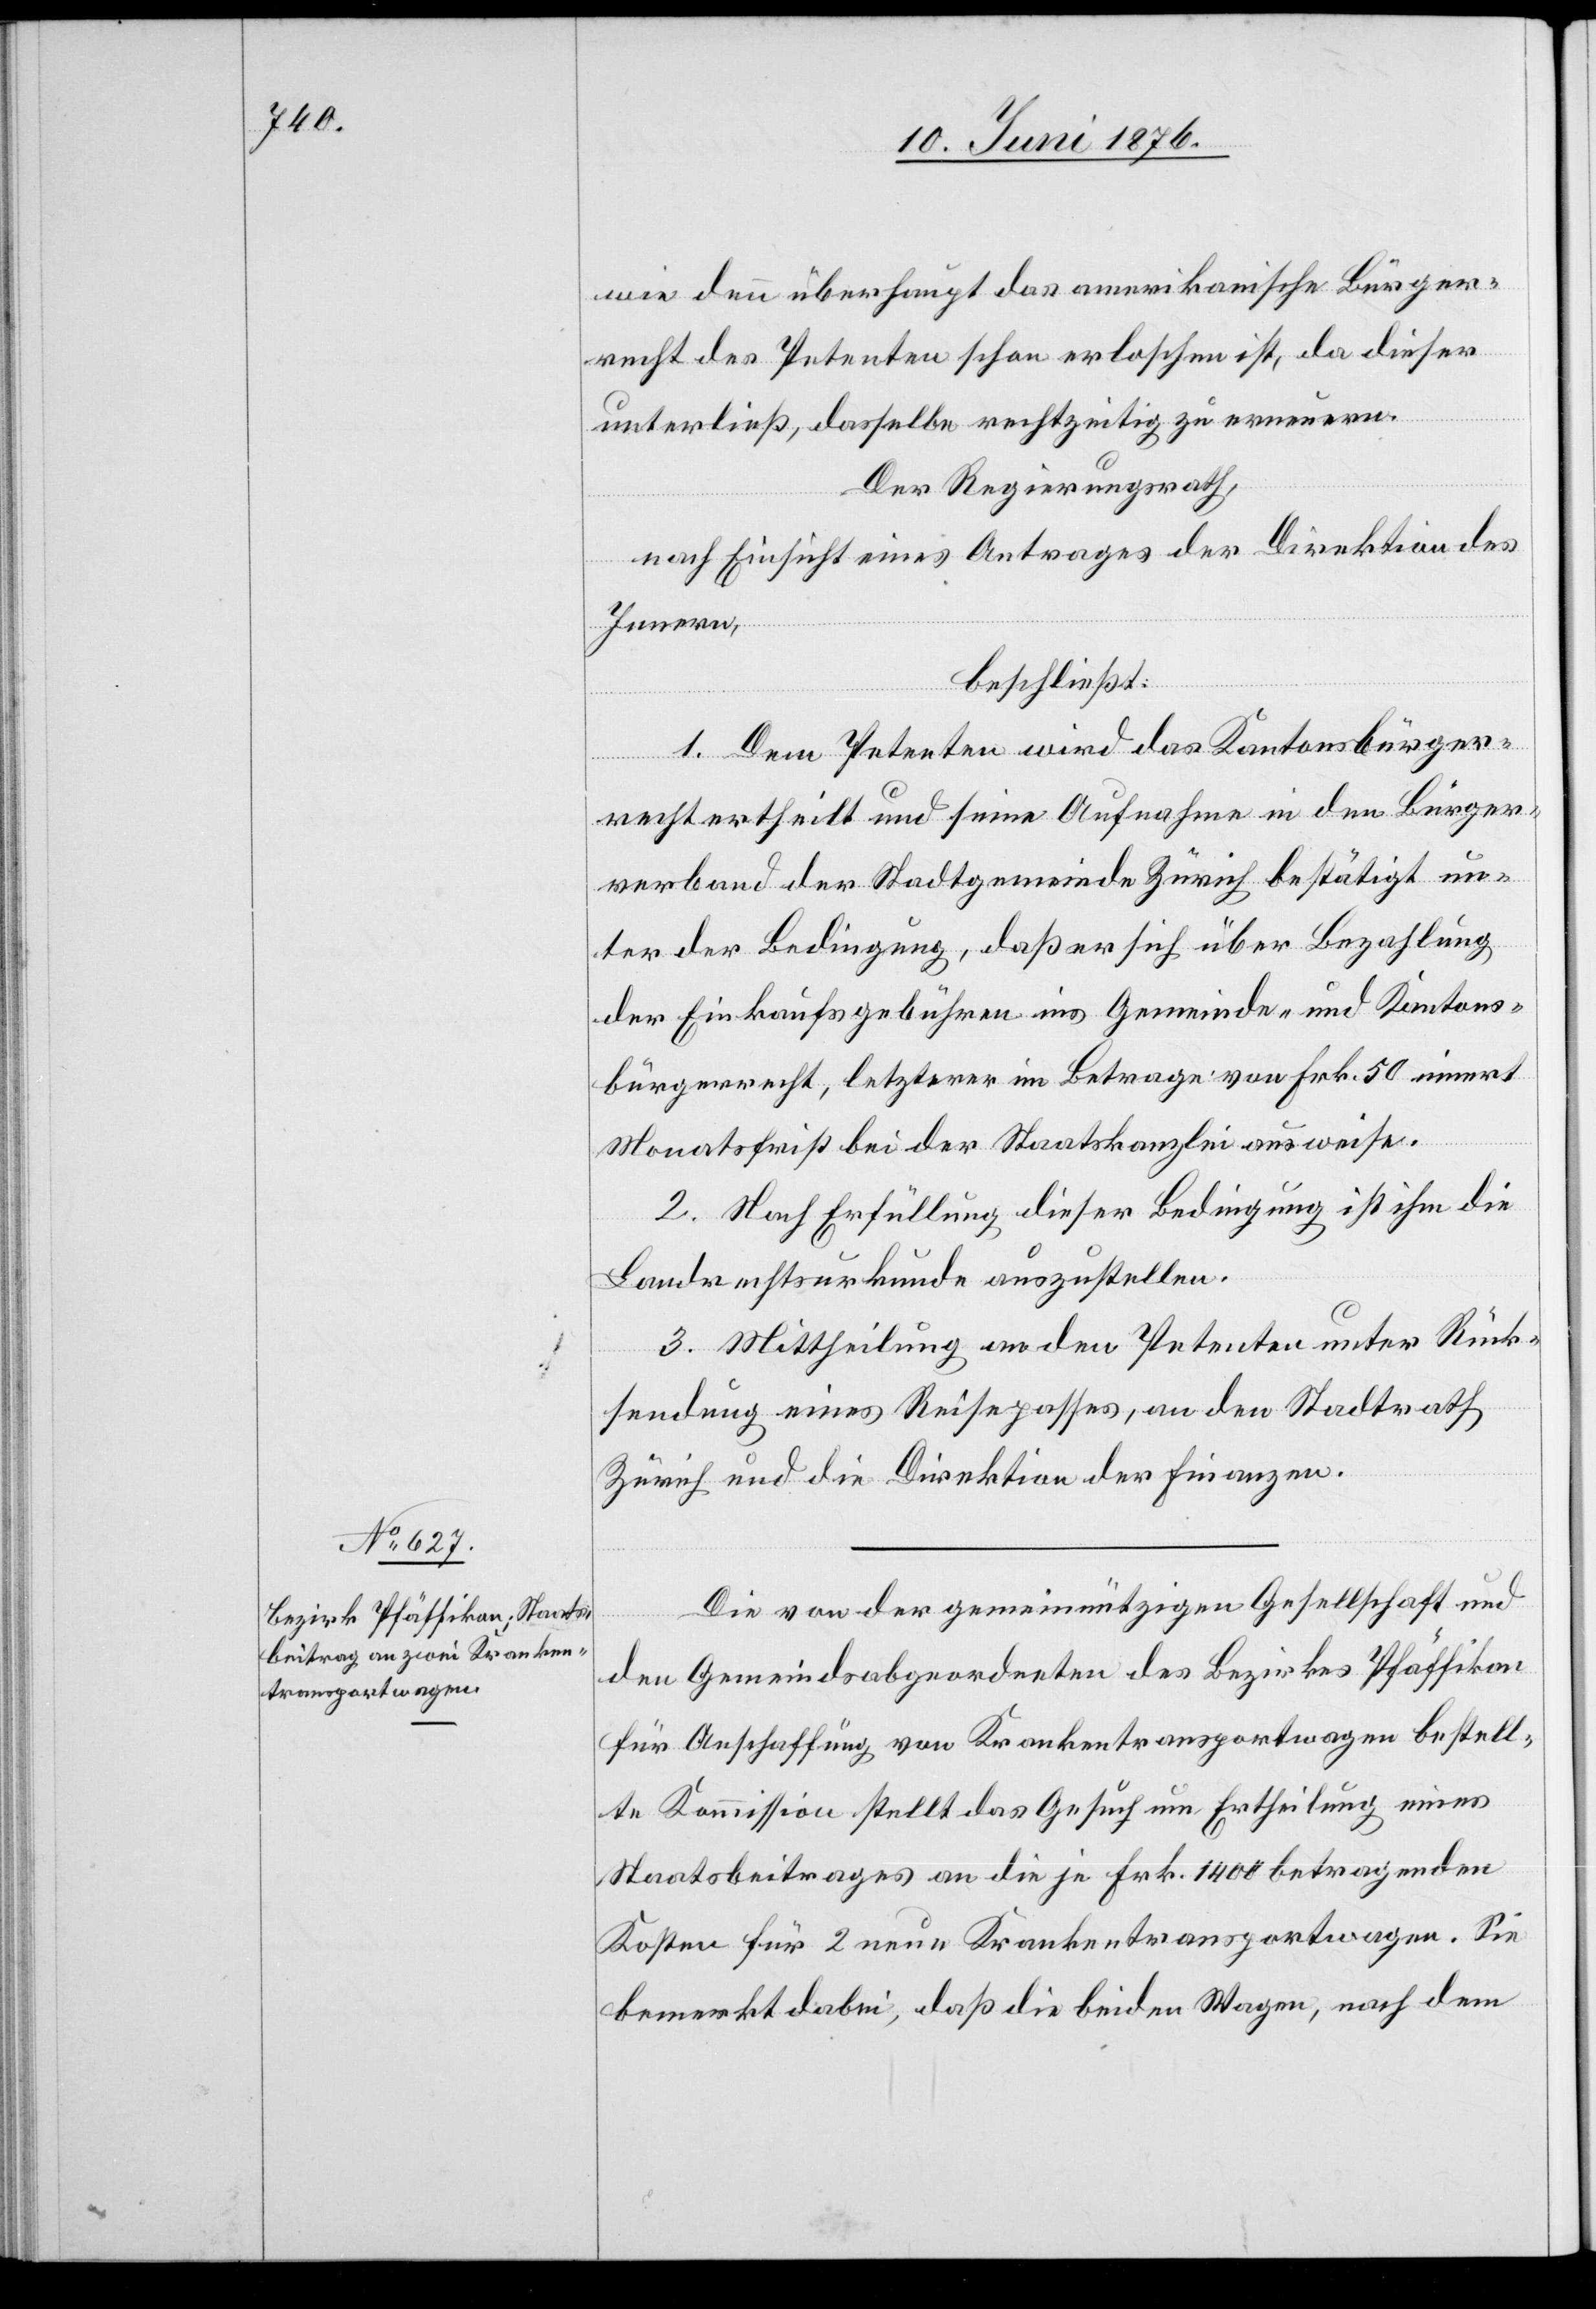
Die von der gemeinnützigen Gesellschaft und
den Gemeindsabgeordneten des Bezirkes Pfäffikon
für Anschaffung von Krankentransportwagen bestell¬
te Kommission stellt das Gesuch um Ertheilung eines
Staatsbeitrages an die je Fr. 1400 betragenden
Kosten für 2 neue Krankentransportwagen. Sie
bemerkt dabei, daß die beiden Wagen, nach dem